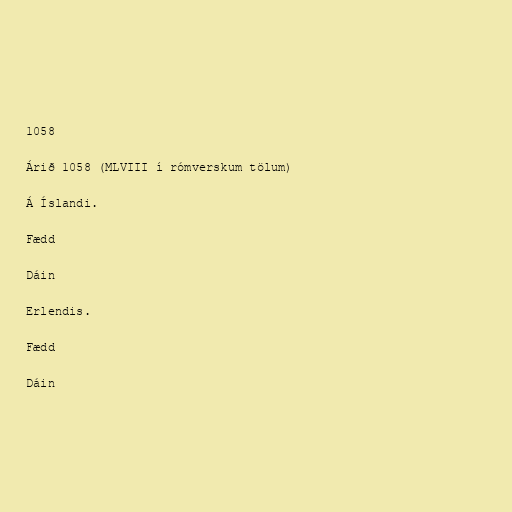
1058

Árið 1058 (MLVIII í rómverskum tölum)

Á Íslandi.

Fædd

Dáin

Erlendis.

Fædd

Dáin